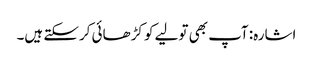
اشارہ: آپ بھی تولیے کو کڑھائی کرسکتے ہیں۔